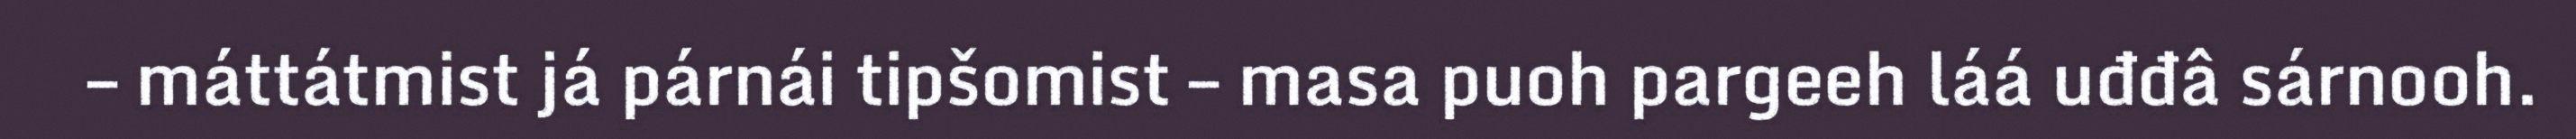
– máttátmist já párnái tipšomist – masa puoh pargeeh láá uđđâ sárnooh.